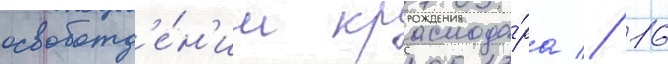
освобожд'е́н'ии краснода́ра // 16